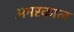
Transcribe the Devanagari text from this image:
अमरकाल